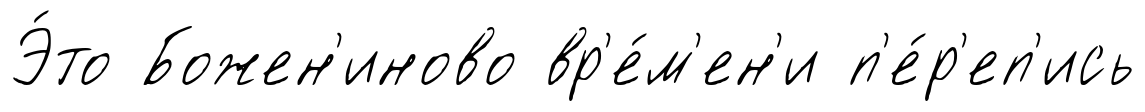
Э́то Божен'иново вр'е́м'ен'и п'е́р'еп'ись